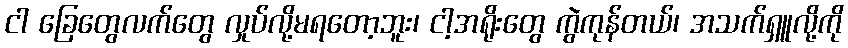
ငါ ခြေတွေလက်တွေ လှုပ်လို့မရတော့ဘူး၊ ငါ့အရိုးတွေ ကွဲကုန်တယ်၊ အသက်ရှူလို့ကို